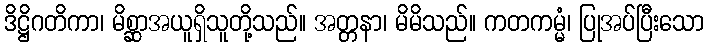
ဒိဋ္ဌိဂတိကာ၊ မိစ္ဆာအယူရှိသူတို့သည်။ အတ္တနာ၊ မိမိသည်။ ကတကမ္မံ၊ ပြုအပ်ပြီးသော